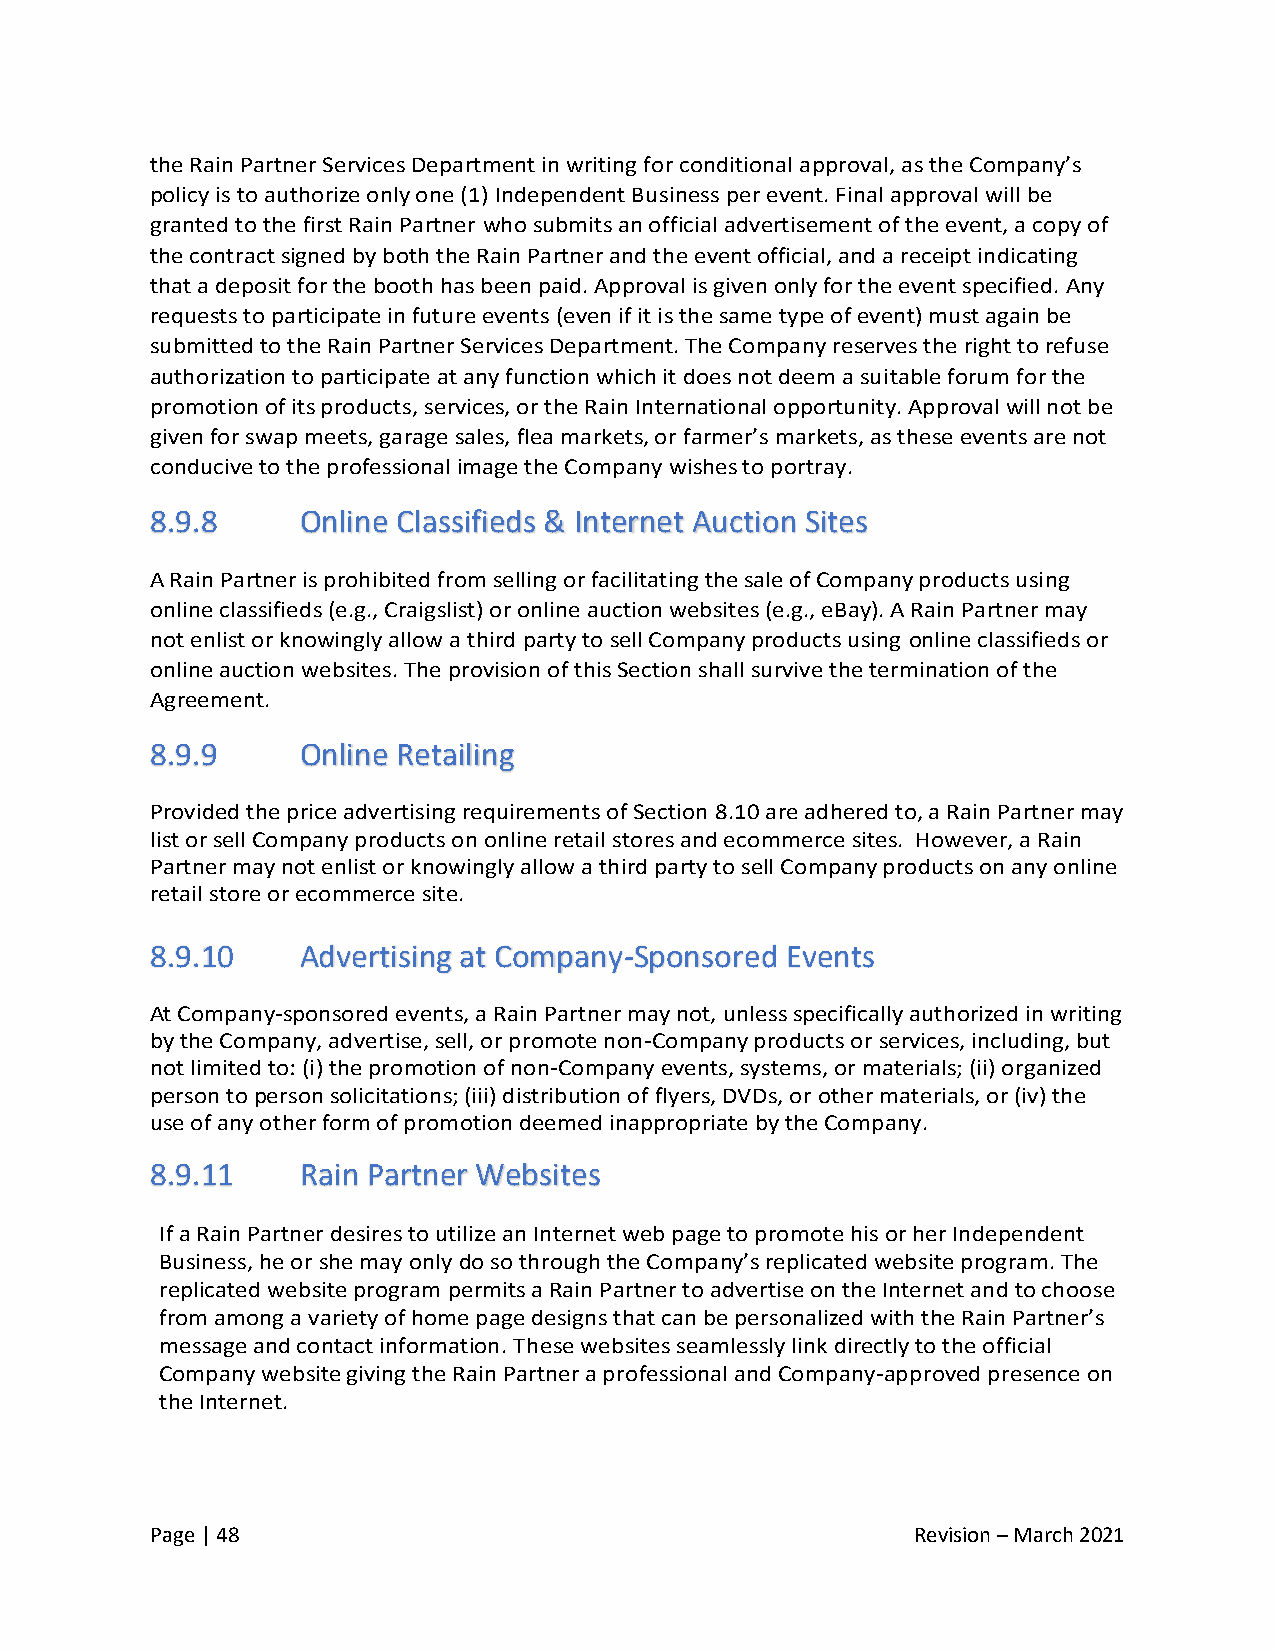
the Rain Partner Services Department in writing for conditional approval, as the Company’s
 policy is to authorize only one (1) Independent Business per event. Final approval will be
 granted to the first Rain Partner who submits an official advertisement of the event, a copy of
 the contract signed by both the Rain Partner and the event official, and a receipt indicating
 that a deposit for the booth has been paid. Approval is given only for the event specified. Any
 requests to participate in future events (even if it is the same type of event) must again be
 submitted to the Rain Partner Services Department. The Company reserves the right to refuse
 authorization to participate at any function which it does not deem a suitable forum for the
 promotion of its products, services, or the Rain International opportunity. Approval will not be
 given for swap meets, garage sales, flea markets, or farmer’s markets, as these events are not
 conducive to the professional image the Company wishes to portray.
 8.9.8     Online Classifieds & Internet Auction Sites
 A Rain Partner is prohibited from selling or facilitating the sale of Company products using
 online classifieds (e.g., Craigslist) or online auction websites (e.g., eBay). A Rain Partner may
 not enlist or knowingly allow a third party to sell Company products using online classifieds or
 online auction websites. The provision of this Section shall survive the termination of the
 Agreement.
 8.9.9     Online Retailing
 Provided the price advertising requirements of Section 8.10 are adhered to, a Rain Partner may
 list or sell Company products on online retail stores and ecommerce sites. However, a Rain
 Partner may not enlist or knowingly allow a third party to sell Company products on any online
 retail store or ecommerce site.
 8.9.10    Advertising at Company-Sponsored Events
 At Company-sponsored events, a Rain Partner may not, unless specifically authorized in writing
 by the Company, advertise, sell, or promote non-Company products or services, including, but
 not limited to: (i) the promotion of non-Company events, systems, or materials; (ii) organized
 person to person solicitations; (iii) distribution of flyers, DVDs, or other materials, or (iv) the
 use of any other form of promotion deemed inappropriate by the Company.
 8.9.11    Rain Partner Websites
 If a Rain Partner desires to utilize an Internet web page to promote his or her Independent
 Business, he or she may only do so through the Company’s replicated website program. The
 replicated website program permits a Rain Partner to advertise on the Internet and to choose
 from among a variety of home page designs that can be personalized with the Rain Partner’s
 message and contact information. These websites seamlessly link directly to the official
 Company website giving the Rain Partner a professional and Company-approved presence on
 the Internet.
 Page | 48                                          Revision – March 2021